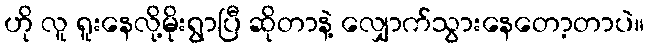
ဟို လူ ရူးနေလို့မိုးရွာပြီ ဆိုတာနဲ့ လျှောက်သွားနေတော့တာပဲ။